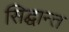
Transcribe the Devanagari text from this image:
सिद्घान्त